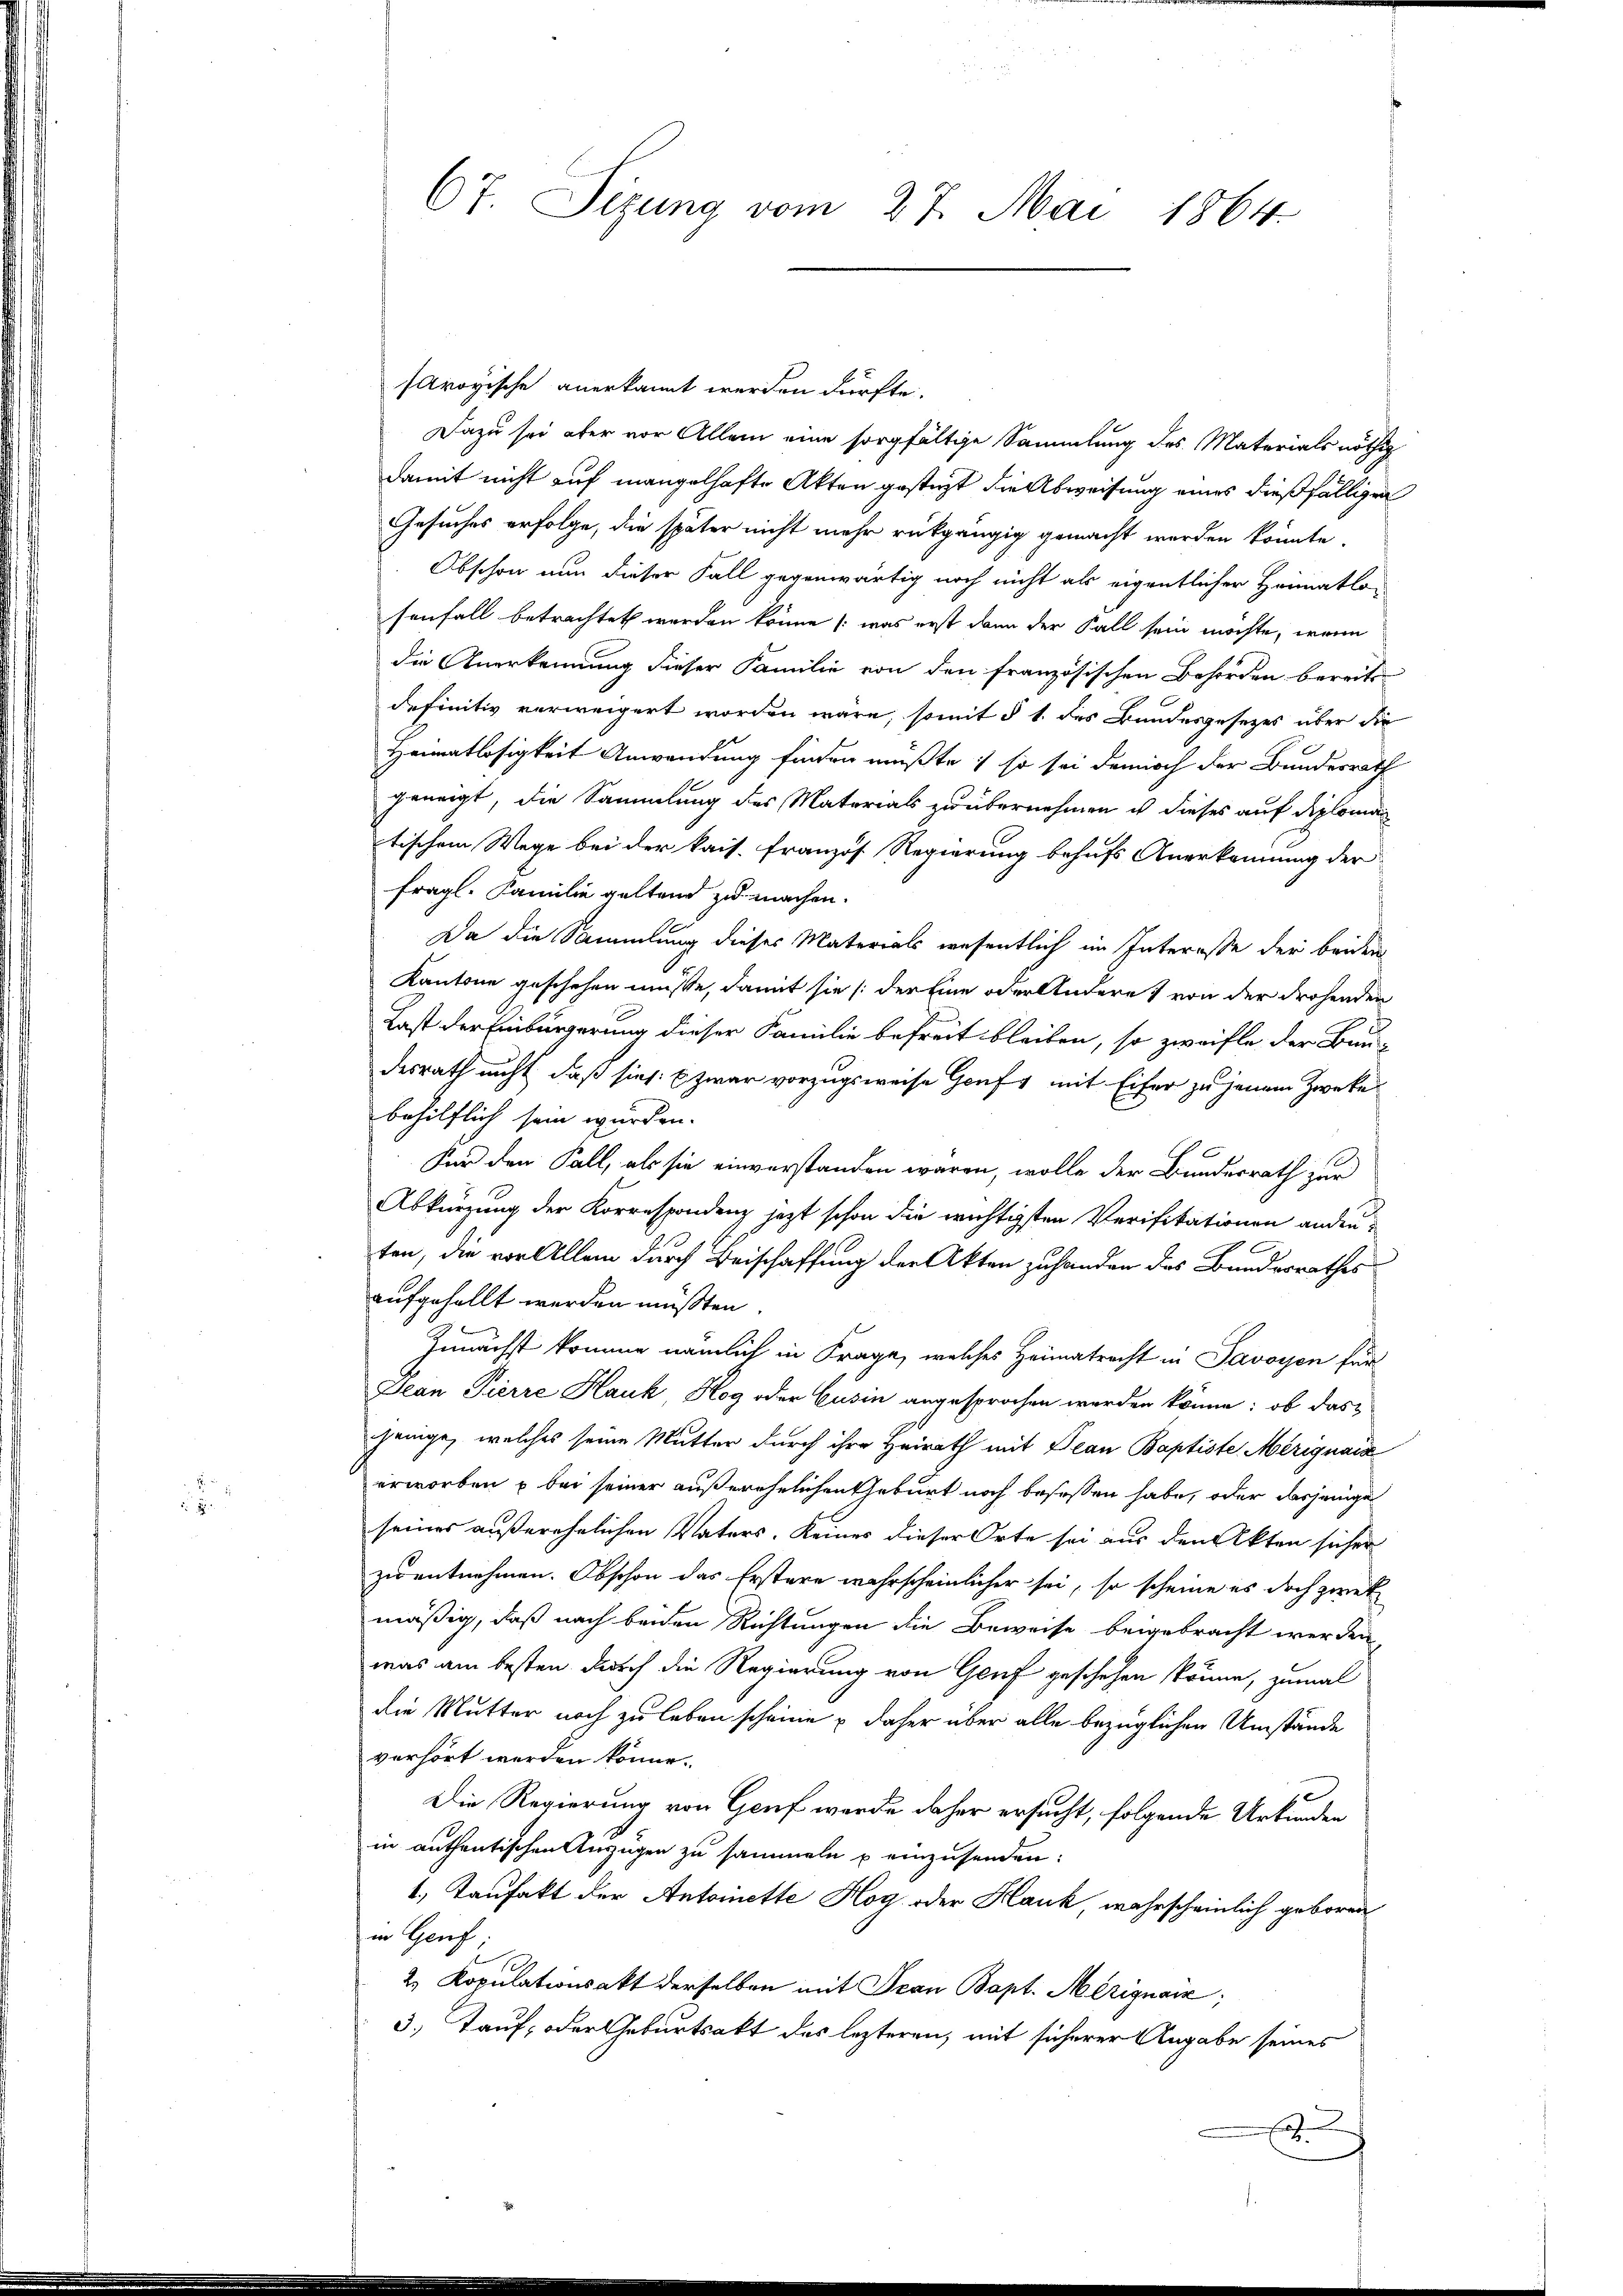
.

Aroyische anerkannt werden dürfte.
Dazu sei aber vor Allem eine sorgfältige Sammlung des Materials nöthig
damit nicht auf mangelhafte Akten gesteht die Abweisung eines dießfälligen
Gesuches erfolge, die später nicht mehr rückgängig gemacht werden könnte.
Obschon nun dieser Fall gegenwärtig noch nicht als eigentlicher Heimatlo-
senfall betrachtet werden könne, was erst dann der Fall sein möchte, worin
die Anerkennung dieser Familie von den französischen Behörden bereits
definitiv verweigert worden wäre, somit § 1. des Bundesgesezes über die
Heimatlosigkeit Anwendung finden müßte; so sei dennoch der Bundesrath
geneigt, die Sammlung des Materials zu übernehmen ist dieses auf diploman
tischem Wege bei der kais. Franzos Regierung behufs Anerkennung der
fragl. Familie geltend zu machen.
Da die Sammlung dieses Materials wesentlich im Interesse der beiden
Kantone geschehen müsse, damit sie (der Eine oder Andere & von der drohenden
Last der Einbürgerung dieser Familie befreit bleiben, so zweifle der Bau-
desrath nicht, daß sies: E zwar vorzugsweise Gruft mit Eifer zu jenem Zweke
behilflich sein wurden.
Für den Fall, als sie einverstanden waren, wolle der Bundesrath zur
Abkürzung der Korrespondenz jezt schon die wichtigsten Verifikationen ander
ten, die vor Allem durch Beischaffung der Akten zuhanden das Bundesrathes
aufgehallt werden müßten
Zunächst komme nämlich in Frage, welches Heimatracht in Savoyen für
Jean Pierre Hauk Hog oder Cusin angesprochen worden könne: ob das
jenige, welches seine Mutter durch ihre Heirath mit Jean Baptiste Mérignais
erworben & bei seiner außerehelichen Geburt noch besessen habe, oder dasjenige
seines außerehelichen Vaters. Keines dieser Orte sei aus den Akten sicher
zu entnehmen. Obschon das Erstere wahrscheinlicher sei, so scheine es doch zwek
mäßig, daß nach beiden Richtungen die Beweise beigebracht werden,
was am besten durch die Regierung von Genf geschehen könne, zumal
die Mutter noch zu leben scheine u daher über alle bezüglichen Umstände
verhört werden könne.
Die Regierung von Genf wurde daher ersucht, folgende Urkunden
in anthentischen Anzügen zu sammeln u einzusenden:
1., Taufakt der Antoinette Hoy oder Kauk, wahrscheinlich geboren
in Genf
2. Kopulationsakt derselben mit Frau Bapt. Merignaiz;
3.) Tauf, oder Geburtsakt des lezteren, mit sicherer Angabe seines
.

67. Sizung vom 27. Mai 1864